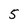
Character: 5